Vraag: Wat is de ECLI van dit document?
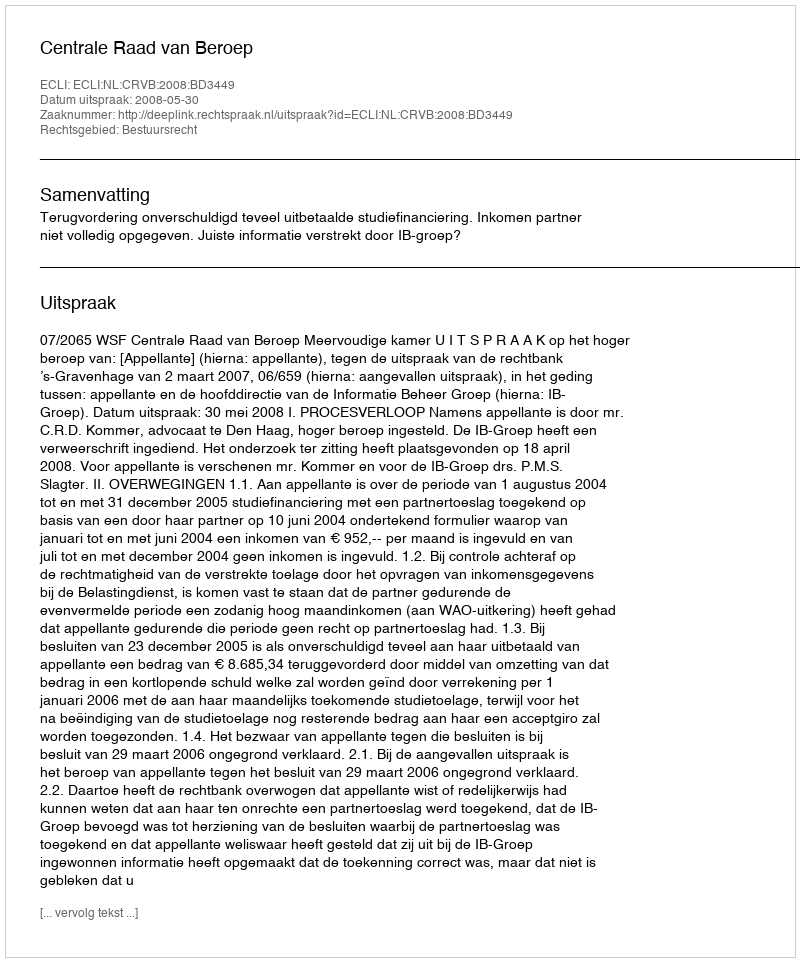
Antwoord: ECLI:NL:CRVB:2008:BD3449